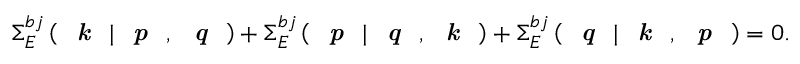
\Sigma _ { E } ^ { b j } \left( \textit { \textbf { k } } | \textit { \textbf { p } } , \textit { \textbf { q } } \right) + \Sigma _ { E } ^ { b j } \left( \textit { \textbf { p } } | \textit { \textbf { q } } , \textit { \textbf { k } } \right) + \Sigma _ { E } ^ { b j } \left( \textit { \textbf { q } } | \textit { \textbf { k } } , \textit { \textbf { p } } \right) = 0 .